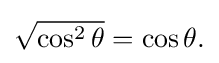
{\textstyle {\sqrt {\cos ^{2}\theta }}=\cos \theta .}